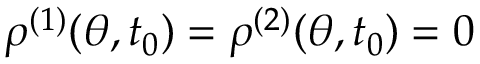
\rho ^ { ( 1 ) } ( \theta , t _ { 0 } ) = \rho ^ { ( 2 ) } ( \theta , t _ { 0 } ) = 0